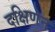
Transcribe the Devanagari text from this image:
दक्षिणेन